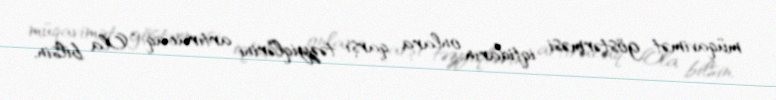
müqavimət göstərməsi iqtidarın onlara qarşı təzyiqlərini artıracaq: “Ola bilsin,